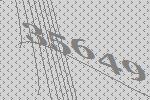
35649